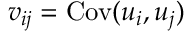
v _ { i j } = \mathrm { C o v } ( u _ { i } , u _ { j } )